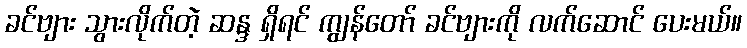
ခင်ဗျား သွားလိုက်တဲ့ ဆန္ဒ ရှိရင် ကျွန်တော် ခင်ဗျားကို လက်ဆောင် ပေးမယ်။